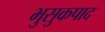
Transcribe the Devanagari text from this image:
भुसुकपाद